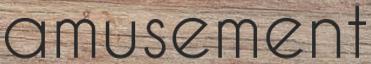
amusement